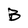
Character: B